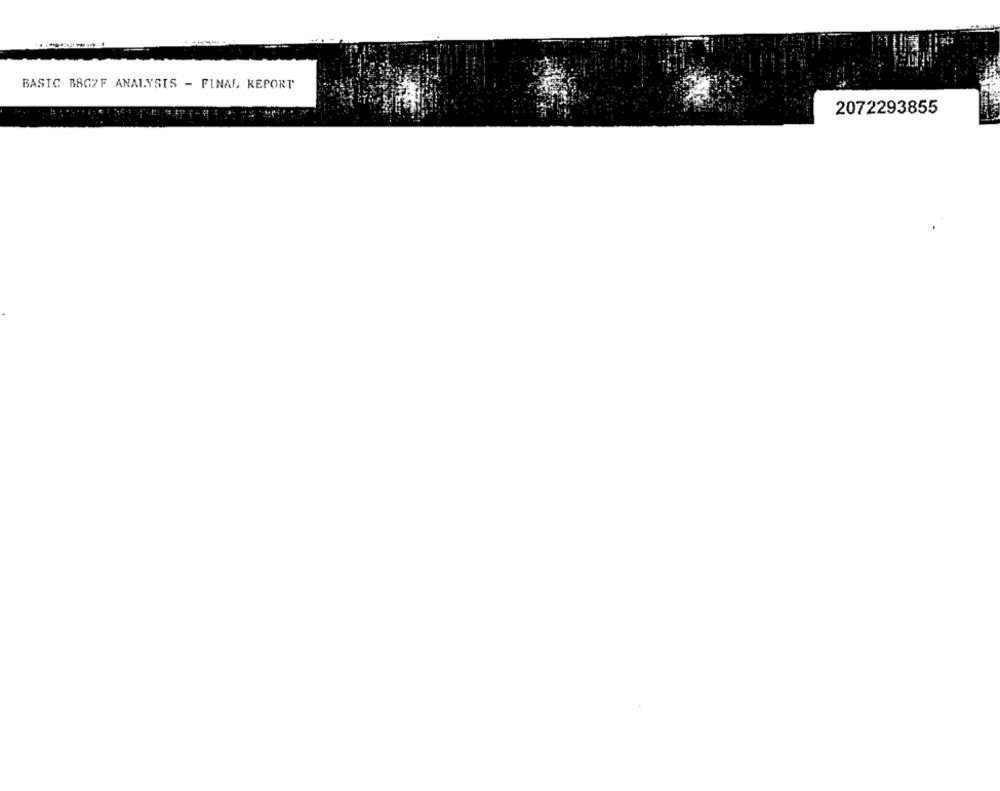
BASIC BBG2F ANALYSIS - FINAL REPORT
2072293855